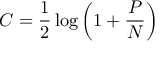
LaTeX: C = { \frac { 1 } { 2 } } \log \left( 1 + { \frac { P } { N } } \right) \,